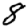
Digit: 8